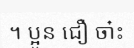
។ ប្អូន ជឿ ចា៎ះ